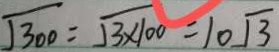
\sqrt { 3 0 0 } = \sqrt { 3 \times 1 0 0 } = 1 0 \sqrt { 3 }